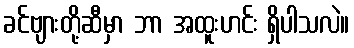
ခင်ဗျားတို့ဆီမှာ ဘာ အထူးဟင်း ရှိပါသလဲ။